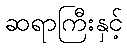
ဆရာကြီးနှင့်